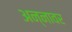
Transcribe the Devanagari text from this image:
अन्‍नावर